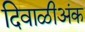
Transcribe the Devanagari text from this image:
दिवाळीअंक